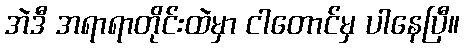
အဲဒီ အရာရာတိုင်းထဲမှာ ငါတောင်မှ ပါနေပြီ။